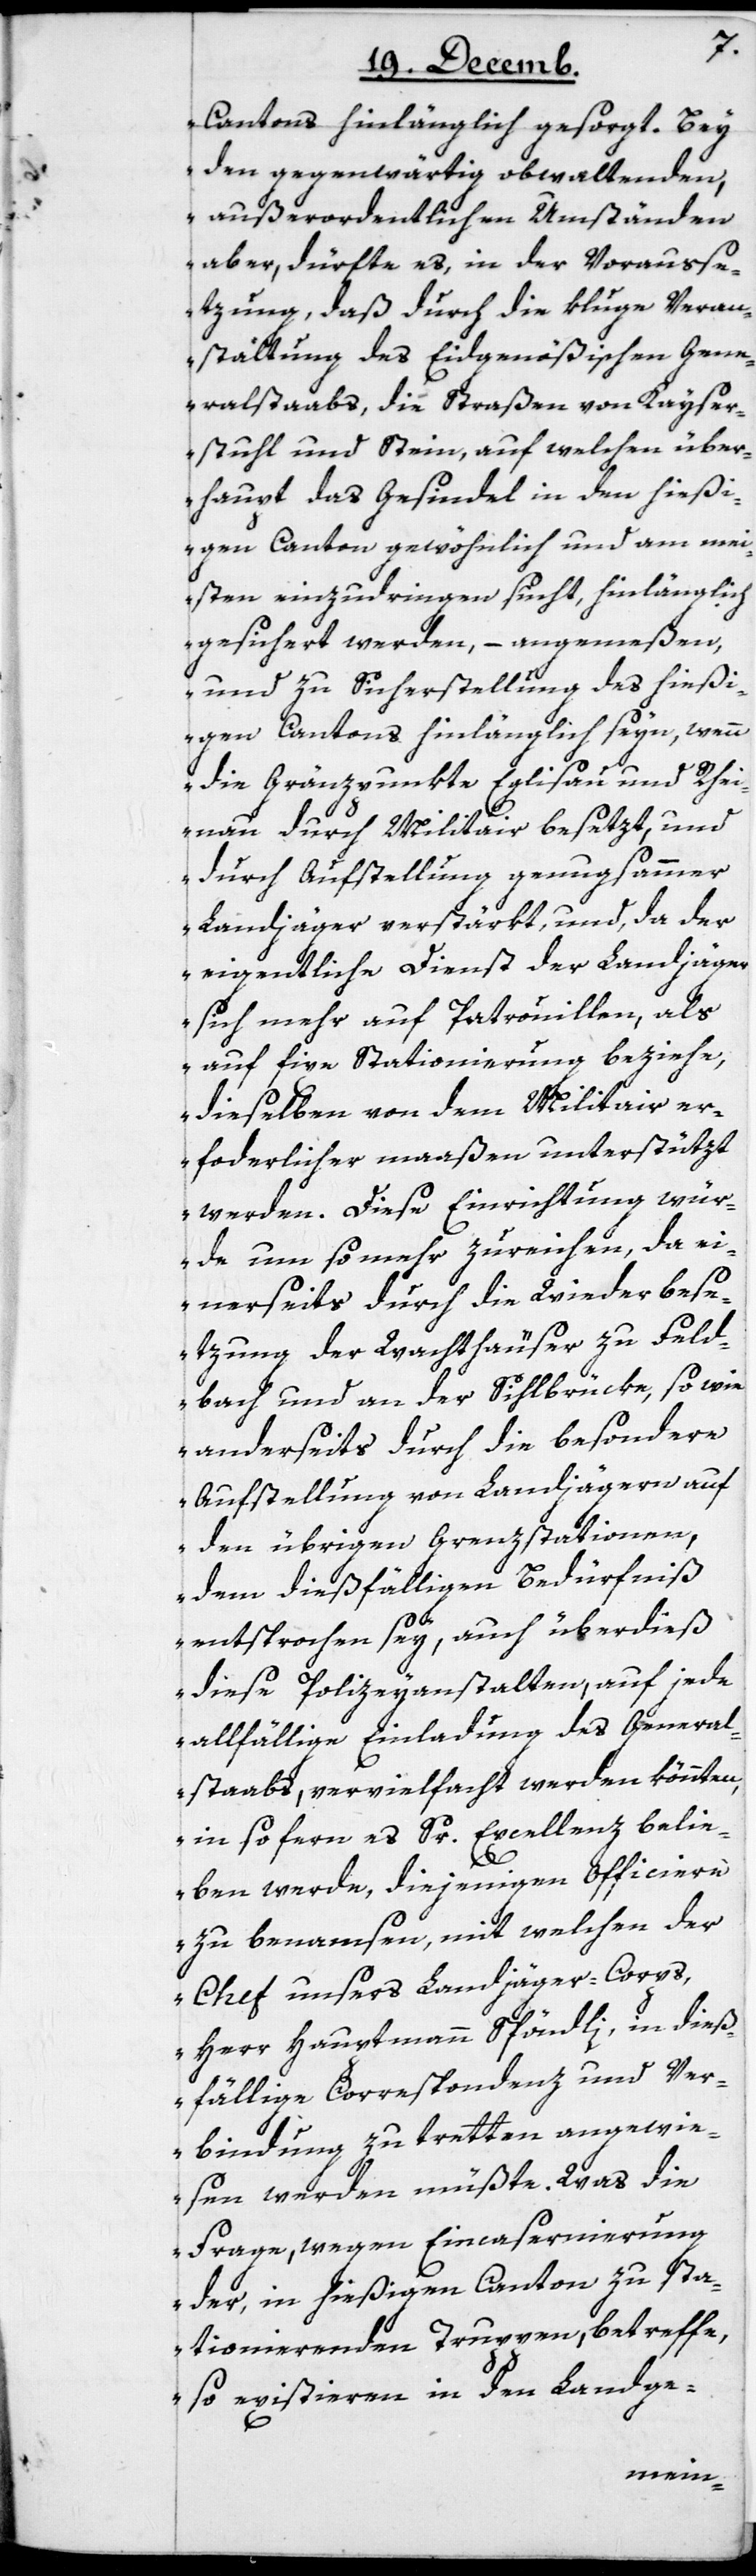
Cantons hinlänglich gesorgt. Bey
den gegenwärtig obwaltenden
außerordentlichen Umständen
aber, dürfte es, in der Vorausse¬
tzung, daß durch die kluge Veran¬
staltung des Eidgenößischen Gene¬
ralstaabs, die Straßen von Kayser¬
stuhl und Stein, auf welchen über¬
haupt das Gesindel in den hießi¬
gen Canton gewöhnlich und am mei¬
sten einzudringen sucht, hinlänglich
gesichert werden, – angemeßen,
und zu Sicherstellung des hießi¬
gen Cantons hinlänglich seyn, wenn
die Gränzpunkte Eglisau und Rhei¬
nau durch Militair besetzt, und
durch Aufstellung genugsammer
Landjäger verstärkt, und da der
eigentliche Dienst der Landjäger
sich mehr auf Patrouillen als
auf fixe Stationierung beziehe,
dieselben von dem Militair er¬
forderlicher maaßen unterstützt
werden. Diese Einrichtung wür¬
de um so mehr zureichen, da ei¬
nerseits durch die Wiederbes¬
etzung der Wachthäuser zu Feld¬
bach und an der Sihlbrücke, sowie
anderseits durch die besondere
Aufstellung von Landjägern auf
den übrigen Gränzstationen,
dem dießfälligen Bedürfniß
entsprochen sey, auch überdieß
diese Polizeyanstalten, auf jede
allfällige Einladung des General¬
staabs, vervielfacht werden könnten,
in so fern es Sr. Excellenz belie¬
ben werde, diejenigen Officiere
zu benamsen, mit welchen der
Chef unsers Landjäger-Corps,
Herr Hauptmann Spöndli, in dieß¬
fällige Correspondenz und Ver¬
bindung zu tretten angewie¬
sen werden müßte. Was die
Frage, wegen Eincasernierung
der, in hießigem Canton zu sta¬
tionierenden Truppen betreffe,
so existieren in den Landge-